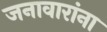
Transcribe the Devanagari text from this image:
जनावारांना